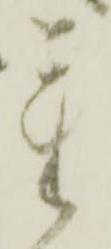
重